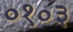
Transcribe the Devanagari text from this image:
०१०३